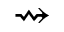
\rightsquigarrow